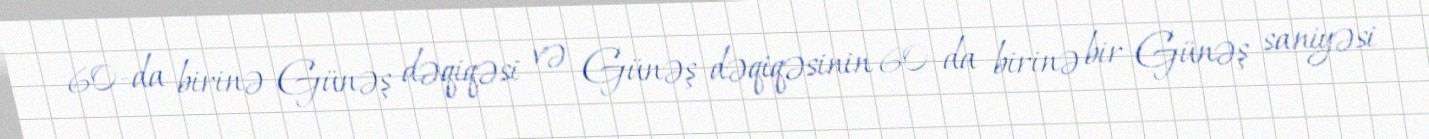
60-da birinə Günəş dəqiqəsi və Günəş dəqiqəsinin 60-da birinə bir Günəş saniyəsi